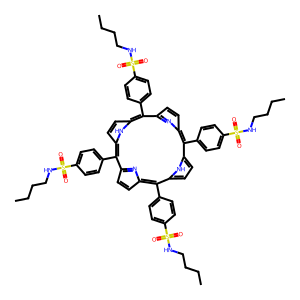
SMILES: CCCCNS(=O)(=O)c1ccc(-c2c3ccc(n3)c(-c3ccc(S(=O)(=O)NCCCC)cc3)c3ccc([nH]3)c(-c3ccc(S(=O)(=O)NCCCC)cc3)c3ccc(n3)c(-c3ccc(S(=O)(=O)NCCCC)cc3)c3ccc2[nH]3)cc1
Inhibits HIV replication: No